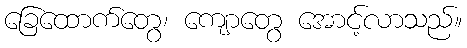
ခြေထောက်တွေ၊ ကျောတွေ အောင့်လာသည်။